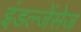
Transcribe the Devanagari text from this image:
इंडल्जेंसेज